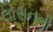
લોસનની